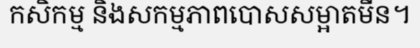
កសិកម្ម និងសកម្មភាពបោសសម្អាតមីន។